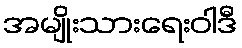
အမျိုးသားရေးဝါဒီ